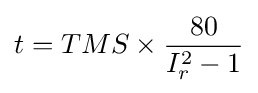
t=TMS\times {\frac {80}{I_{r}^{2}-1}}